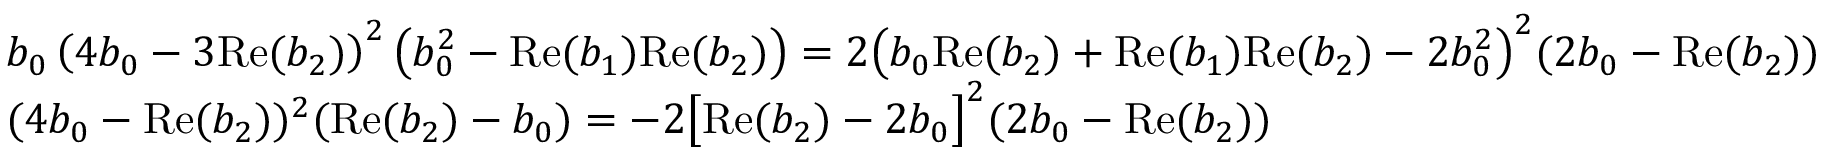
\begin{array} { r l } & { b _ { 0 } \left( 4 b _ { 0 } - 3 \mathrm { R e } ( b _ { 2 } ) \right) ^ { 2 } \left( b _ { 0 } ^ { 2 } - \mathrm { R e } ( b _ { 1 } ) \mathrm { R e } ( b _ { 2 } ) \right) = 2 \bigl ( b _ { 0 } \mathrm { R e } ( b _ { 2 } ) + \mathrm { R e } ( b _ { 1 } ) \mathrm { R e } ( b _ { 2 } ) - 2 b _ { 0 } ^ { 2 } \bigr ) ^ { 2 } ( 2 b _ { 0 } - \mathrm { R e } ( b _ { 2 } ) ) } \\ & { ( 4 b _ { 0 } - \mathrm { R e } ( b _ { 2 } ) ) ^ { 2 } ( \mathrm { R e } ( b _ { 2 } ) - b _ { 0 } ) = - 2 \bigl [ \mathrm { R e } ( b _ { 2 } ) - 2 b _ { 0 } \bigr ] ^ { 2 } ( 2 b _ { 0 } - \mathrm { R e } ( b _ { 2 } ) ) } \end{array}